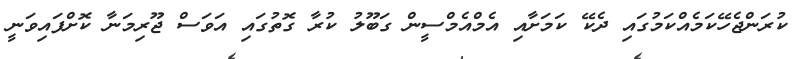
ކުރަންޖެހޭކަމެއްކަމުގައި ދެކޭ ކަމަށާއި އެމްއެމްސީން ގަބޫލު ކުރާ ގޮތުގައި އަވަސް ޖޫރިމަނާ ކޮށްފައިވަނީ